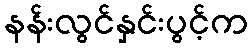
နန်းလွင်နှင်းပွင့်က